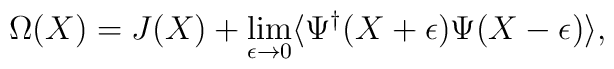
\Omega(X)=J(X)+\lim_{\epsilon\rightarrow 0}\langle\Psi^{\dagger}(X+\epsilon)\Psi(X-\epsilon)\rangle,